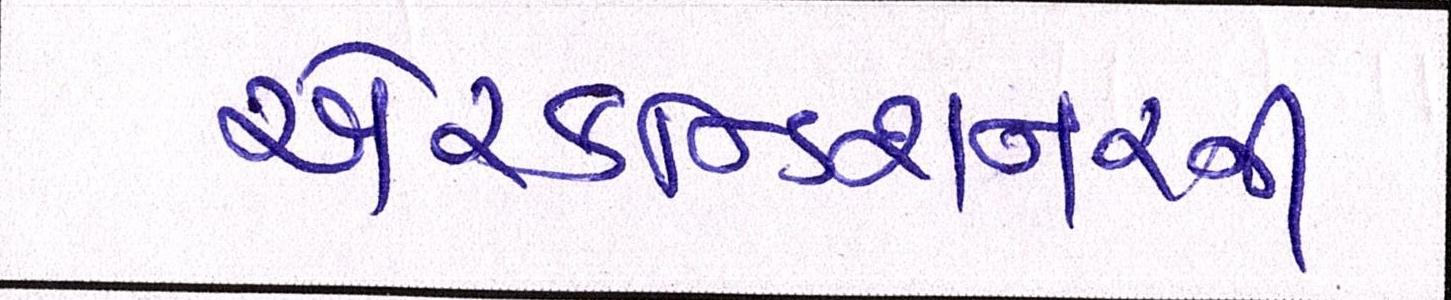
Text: એરકન્ડિશનરની